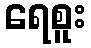
ရေစူး